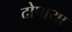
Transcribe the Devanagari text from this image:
दोपाया